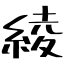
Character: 綾